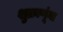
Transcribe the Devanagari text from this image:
शुक्राणूंना